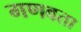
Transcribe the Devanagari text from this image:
गणवता